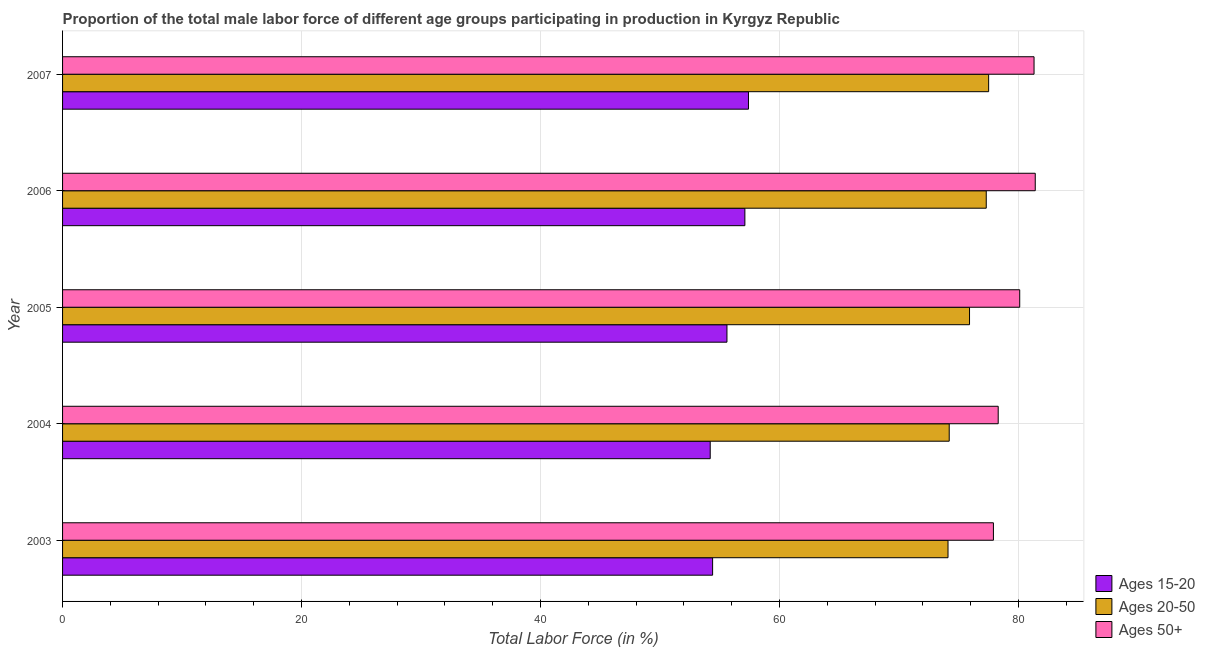
| Year | Ages 15-20 | Ages 20-50 | Ages 50+ |
 | --- | --- | --- | --- |
 | 2003 | 54.4 | 74.1 | 77.9 |
 | 2004 | 54.2 | 74.2 | 78.3 |
 | 2005 | 55.6 | 75.9 | 80.1 |
 | 2006 | 57.1 | 77.3 | 81.4 |
 | 2007 | 57.4 | 77.5 | 81.3 |